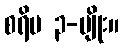
စရိမ ၃-မျိုး။